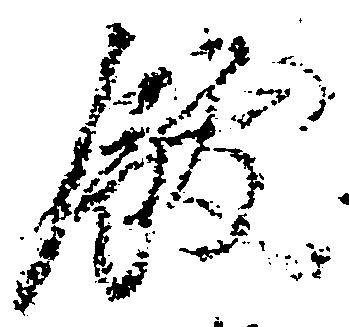
飫